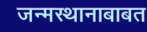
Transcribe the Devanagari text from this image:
जन्मस्थानाबाबत